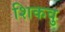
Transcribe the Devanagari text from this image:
शिकवु